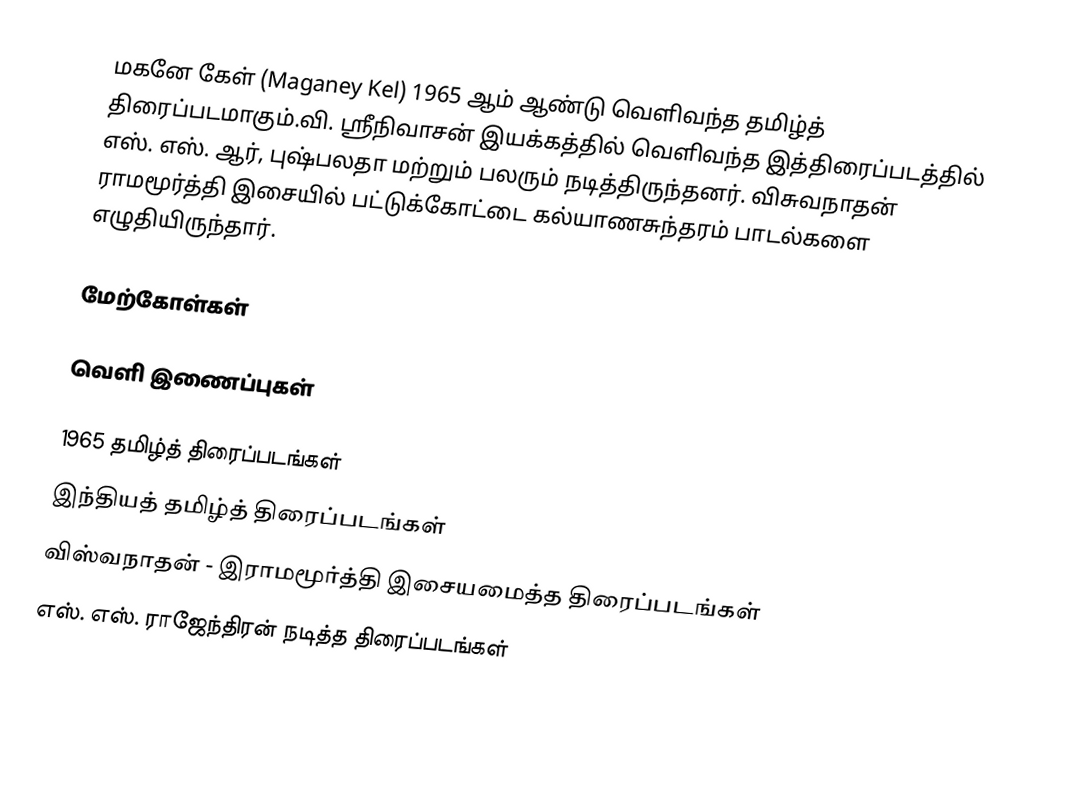
மகனே கேள் (Maganey Kel) 1965 ஆம் ஆண்டு வெளிவந்த தமிழ்த் திரைப்படமாகும்.வி. ஸ்ரீநிவாசன் இயக்கத்தில் வெளிவந்த இத்திரைப்படத்தில் எஸ். எஸ். ஆர், புஷ்பலதா மற்றும் பலரும் நடித்திருந்தனர். விசுவநாதன் ராமமூர்த்தி இசையில் பட்டுக்கோட்டை கல்யாணசுந்தரம் பாடல்களை எழுதியிருந்தார்.

மேற்கோள்கள்

வெளி இணைப்புகள்

1965 தமிழ்த் திரைப்படங்கள்
இந்தியத் தமிழ்த் திரைப்படங்கள்
விஸ்வநாதன் - இராமமூர்த்தி இசையமைத்த திரைப்படங்கள்
எஸ். எஸ். ராஜேந்திரன் நடித்த திரைப்படங்கள்